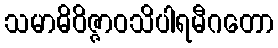
သမာဓိဝိဇ္ဇာဝသိပါရမီဂတော